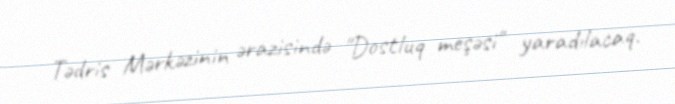
Tədris Mərkəzinin ərazisində "Dostluq meşəsi" yaradılacaq.